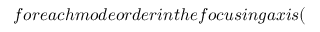
f o r e a c h m o d e o r d e r i n t h e f o c u s i n g a x i s (